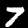
Digit: 7